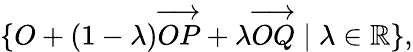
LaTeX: \{ O+(1-\lambda){\overrightarrow{OP}}+\lambda{\overrightarrow{OQ}}\mid\lambda\in\mathbb{R}\} ,